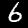
Label: 6